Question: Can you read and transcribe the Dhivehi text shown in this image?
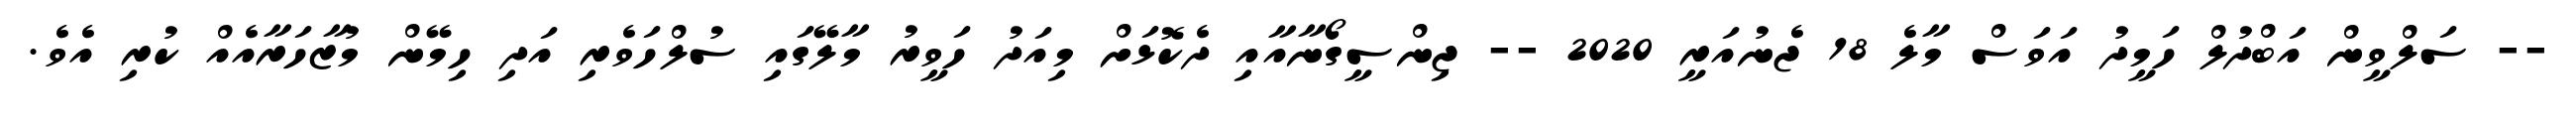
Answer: -- ސަލްވީން އަބްދުލް ހަމީދު އަވަސް މާލެ 18 ޖެނުއަރީ 2020 -- ޖިންސީގޯނާއާއި ދެކޮޅަށް މިއަދު ހަވީރު މާލޭގައި ސުލްހަވެރި އަދި ހިމޭން މުޒާހަރާއެއް ކުރި އެވެ.